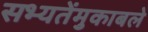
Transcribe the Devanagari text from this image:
सभ्यतेंमुकाबले